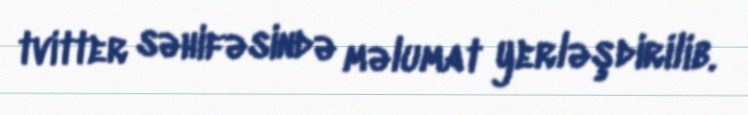
tvitter səhifəsində məlumat yerləşdirilib.